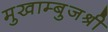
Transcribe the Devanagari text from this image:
मुखाम्बुजश्री